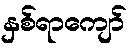
နှစ်ရာကျော်